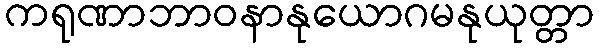
ကရုဏာဘာဝနာနုယောဂမနုယုတ္တာ